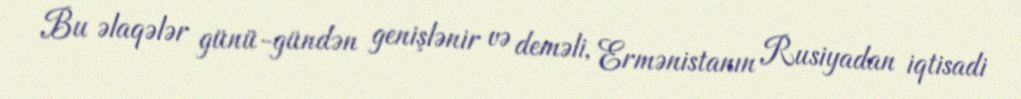
Bu əlaqələr günü-gündən genişlənir və deməli, Ermənistanın Rusiyadan iqtisadi